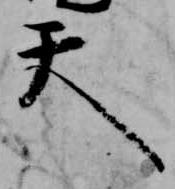
天